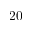
2 0